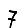
Digit: 7